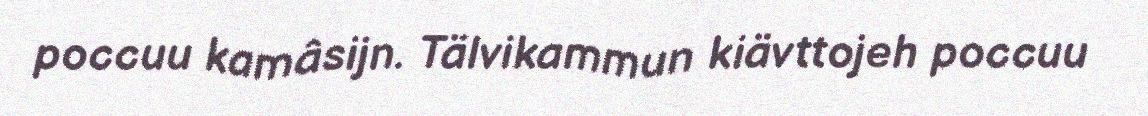
poccuu kamâsijn. Tälvikammun kiävttojeh poccuu